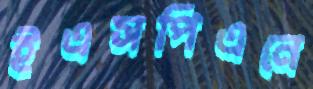
ইএসপিএনে